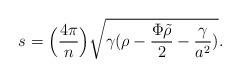
LaTeX: \begin{align*}s = \Big({4 \pi\over n}\Big) \sqrt {\gamma (\rho - {\Phi \tilde \rho\over 2} - {\gamma\over {a^2}})}.\end{align*}